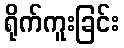
ရိုက်ကူးခြင်း